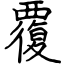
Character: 覆